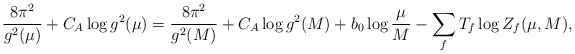
\begin{align*}\frac{8\pi^{2}}{g^{2}(\mu)} + C_{A} \log g^{2}(\mu) = \frac{8\pi^{2}}{g^{2}(M)} + C_{A} \log g^{2}(M) + b_{0} \log \frac{\mu}{M} - \sum_{f} T_{f} \log Z_{f}(\mu,M) , \end{align*}